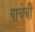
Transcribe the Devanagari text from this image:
वाचेची